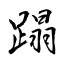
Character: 蹋